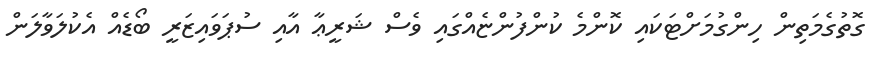
ގޮތުގެމަތިން ހިންގުމަށްޓަކައި ކޮންމެ ކުންފުންޏެއްގައި ވެސް ޝަރީޢާ އާއި ސުޕަވައިޒަރީ ބޯޑެއް އެކުލަވާލަން